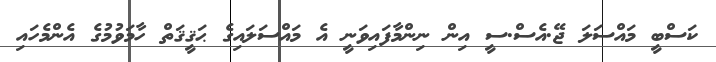
ކަސްބީ މައްސަލަ ޖޭ.އެސް.ސީ އިން ނިންމާފައިވަނީ އެ މައްސަލައިގެ ޙަޤީޤަތް ހާމަވުމުގެ އެންމެހައި